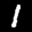
Label: 1